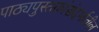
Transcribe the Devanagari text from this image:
पाठ्यपुस्तकांसंदर्भातील